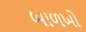
બાળખો